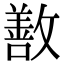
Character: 敾